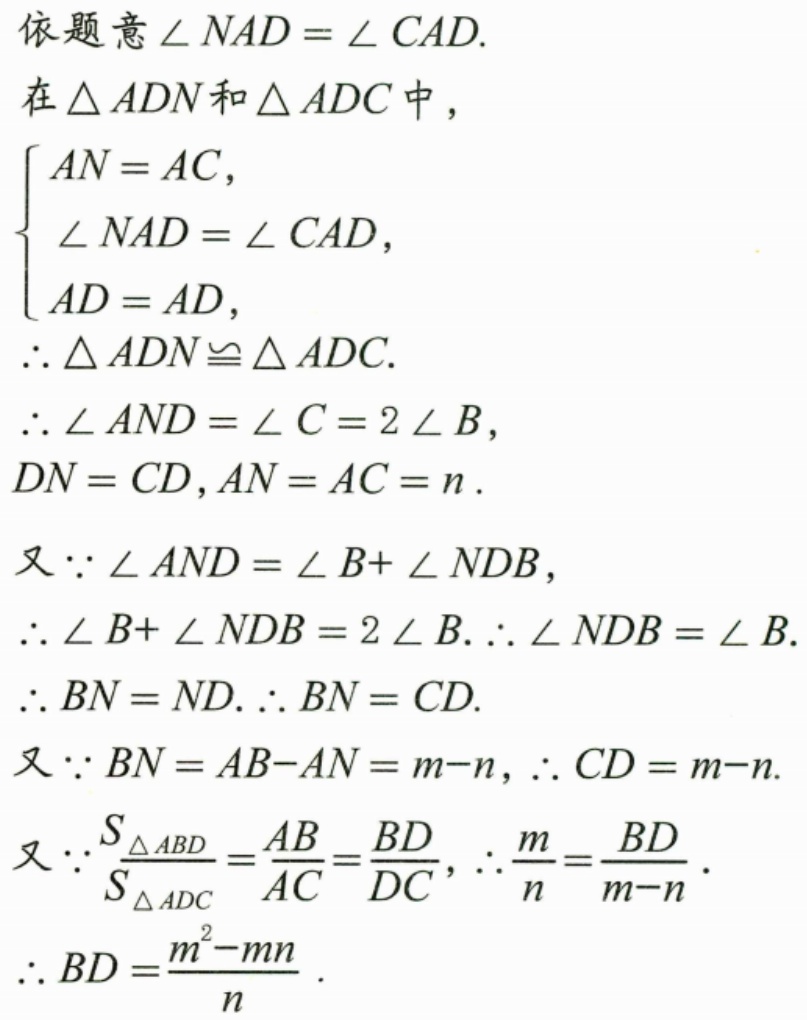
依题意\(\angle NAD=\angle CAD\).
在\(\triangle ADN\)和\(\triangle ADC\)中，
\(\begin{cases}
AN = AC,\\
\angle NAD=\angle CAD,\\
AD = AD,
\end{cases}\)
\(\therefore\triangle ADN\cong\triangle ADC\).
\(\therefore\angle AND=\angle C = 2\angle B\)，
\(DN = CD\)，\(AN = AC = n\).
又\(\because\angle AND=\angle B+\angle NDB\)，
\(\therefore\angle B+\angle NDB = 2\angle B.\therefore\angle NDB=\angle B\).
\(\therefore BN = ND.\therefore BN = CD\).
又\(\because BN = AB - AN=m - n\)，\(\therefore CD=m - n\).
又\(\because\frac{S_{\triangle ABD}}{S_{\triangle ADC}}=\frac{AB}{AC}=\frac{BD}{DC}\)，\(\therefore\frac{m}{n}=\frac{BD}{m - n}\).
\(\therefore BD=\frac{m^{2}-mn}{n}\).